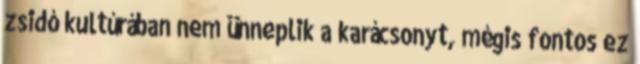
zsidó kultúrában nem ünneplik a karácsonyt, mégis fontos ez